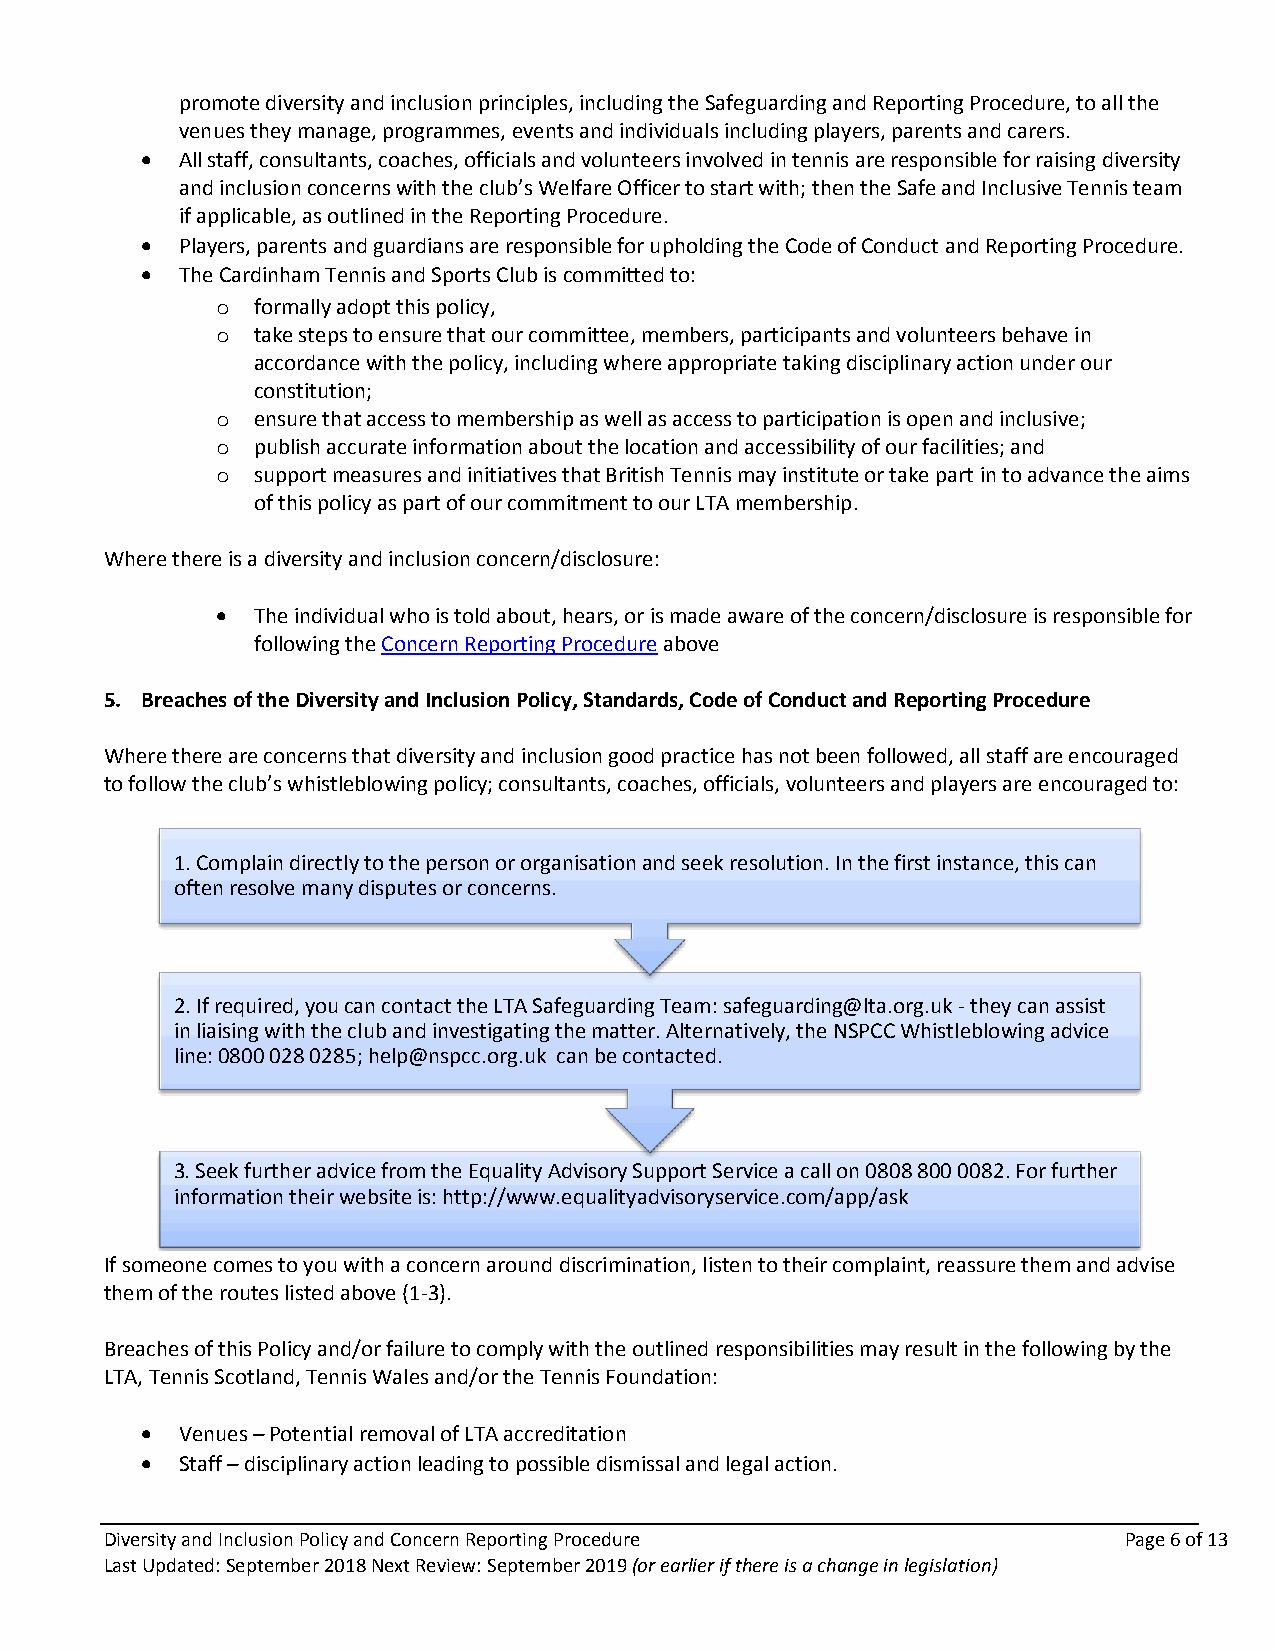
promote diversity and inclusion principles, including the Safeguarding and Reporting Procedure, to all the
 venues they manage, programmes, events and individuals including players, parents and carers.
   All staff, consultants, coaches, officials and volunteers involved in tennis are responsible for raising diversity
 and inclusion concerns with the club’s Welfare Officer to start with; then the Safe and Inclusive Tennis team
 if applicable, as outlined in the Reporting Procedure.
   Players, parents and guardians are responsible for upholding the Code of Conduct and Reporting Procedure.
   The Cardinham Tennis and Sports Club is committed to:
 o  formally adopt this policy,
 o  take steps to ensure that our committee, members, participants and volunteers behave in
 accordance with the policy, including where appropriate taking disciplinary action under our
 constitution;
 o  ensure that access to membership as well as access to participation is open and inclusive;
 o  publish accurate information about the location and accessibility of our facilities; and
 o  support measures and initiatives that British Tennis may institute or take part in to advance the aims
 of this policy as part of our commitment to our LTA membership.
 Where there is a diversity and inclusion concern/disclosure:
   The individual who is told about, hears, or is made aware of the concern/disclosure is responsible for
 following the Concern Reporting Procedure above
 5. Breaches of the Diversity and Inclusion Policy, Standards, Code of Conduct and Reporting Procedure
 Where there are concerns that diversity and inclusion good practice has not been followed, all staff are encouraged
 to follow the club’s whistleblowing policy; consultants, coaches, officials, volunteers and players are encouraged to:
 1. Complain directly to the person or organisation and seek resolution. In the first instance, this can
 often resolve many disputes or concerns.
 2. If required, you can contact the LTA Safeguarding Team: safeguarding@lta.org.uk - they can assist
 in liaising with the club and investigating the matter. Alternatively, the NSPCC Whistleblowing advice
 line: 0800 028 0285; help@nspcc.org.uk can be contacted.
 3. Seek further advice from the Equality Advisory Support Service a call on 0808 800 0082. For further
 information their website is: http://www.equalityadvisoryservice.com/app/ask
 If someone comes to you with a concern around discrimination, listen to their complaint, reassure them and advise
 them of the routes listed above (1-3).
 Breaches of this Policy and/or failure to comply with the outlined responsibilities may result in the following by the
 LTA, Tennis Scotland, Tennis Wales and/or the Tennis Foundation:
   Venues – Potential removal of LTA accreditation
   Staff – disciplinary action leading to possible dismissal and legal action.
 Diversity and Inclusion Policy and Concern Reporting Procedure     Page 6 of 13
 Last Updated: September 2018 Next Review: September 2019 (or earlier if there is a change in legislation)